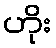
ဟိုး